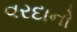
વરદાનો